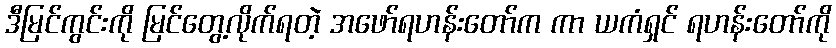
ဒီမြင်ကွင်းကို မြင်တွေ့လိုက်ရတဲ့ အဖော်ရဟန်းတော်က ကာ ယကံရှင် ရဟန်းတော်ကို